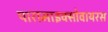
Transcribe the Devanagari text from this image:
पारामाइक्सोवायरस